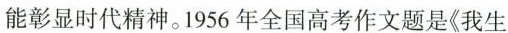
能彰显时代精神。1956年全国高考作文题是《我生